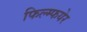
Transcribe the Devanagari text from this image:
फिल्म्फयेर